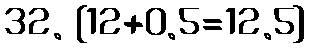
32. [12+0.5=12.5]